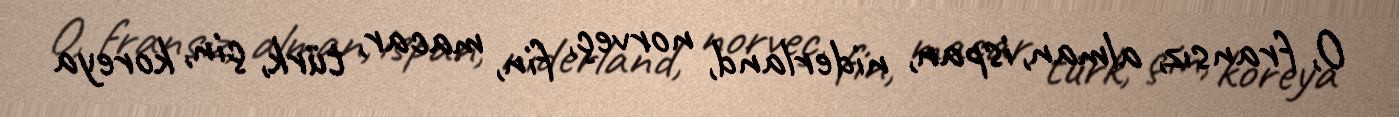
O, fransız, alman, ispan, niderland, norveç, fin, macar, türk, çin, koreya